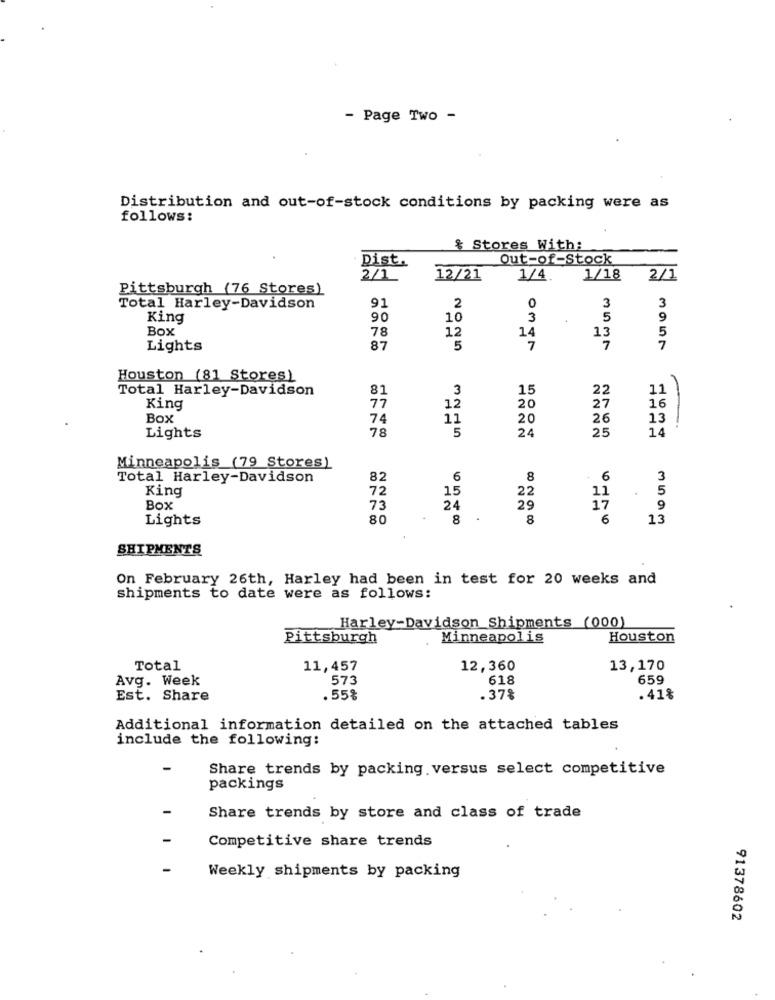
- Page Two -
Distribution and out-of-stock conditions by packing were as
follows:
& Stores With:
Out-of-Stock
Dist.
2/1_
12/21
1/4
1/18
2/1
Pittsburgh (76 Stores)
Total Harley-Davidson
91
2
3
3
King
90
10
3
5
9
Box
78
12
14
13
5
7
Lights
87
5
7
7
Houston (81 Stores)
Total Harley-Davidson
81
3
15
22
11
77
12
27
King
20
16
Box
74
11
20
26
13
78
5
24
25
14
-
Lights
Minneapolis (79 Stores)
Total Harley-Davidson
82
6
8
- 6
3
King
72
15
22
11
.
5
Box
73
24
29
17
9
Lights
80
8
8
6
13
SHIPMENTS
On February 26th, Harley had been in test for 20 weeks and
shipments to date were as follows:
Harley-Davidson Shipments (000)
Pittsburgh
Minneapolis
Houston
Total
11,457
12,360
13,170
Avg. Week
573
618
659
Est. Share
.55%
.37%
.41%
Additional information detailed on the attached tables
include the following:
Share trends by packing versus select competitive
packings
Share trends by store and class of trade
Competitive share trends
Weekly shipments by packing
91378602